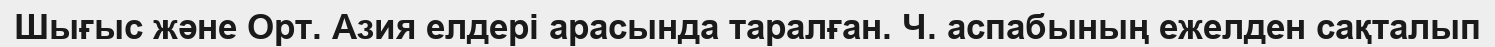
Шығыс және Орт. Азия елдері арасында таралған. Ч. аспабының ежелден сақталып